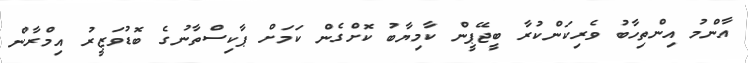
އާންމު އިންތިހާބު ވެރިކަންކުރާ ބީޖޭޕީން ކާމިޔާބު ކޮށްގެން ކަމަށް ޕާކިސްތާނުގެ ބޮޑުވަޒީރު އިމްރާން